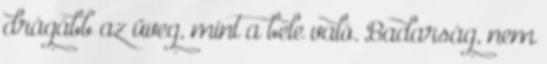
drágább az üveg, mint a bele való. Badarság, nem